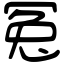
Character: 冤